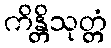
ကိန္တိသုတ္တံ